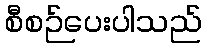
စီစဉ်ပေးပါသည်